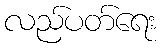
လည်ပတ်ရေး